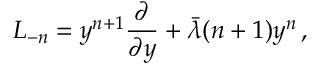
L _ { - n } = y ^ { n + 1 } { \frac { \partial } { \partial y } } + \bar { \lambda } ( n + 1 ) y ^ { n } \, ,